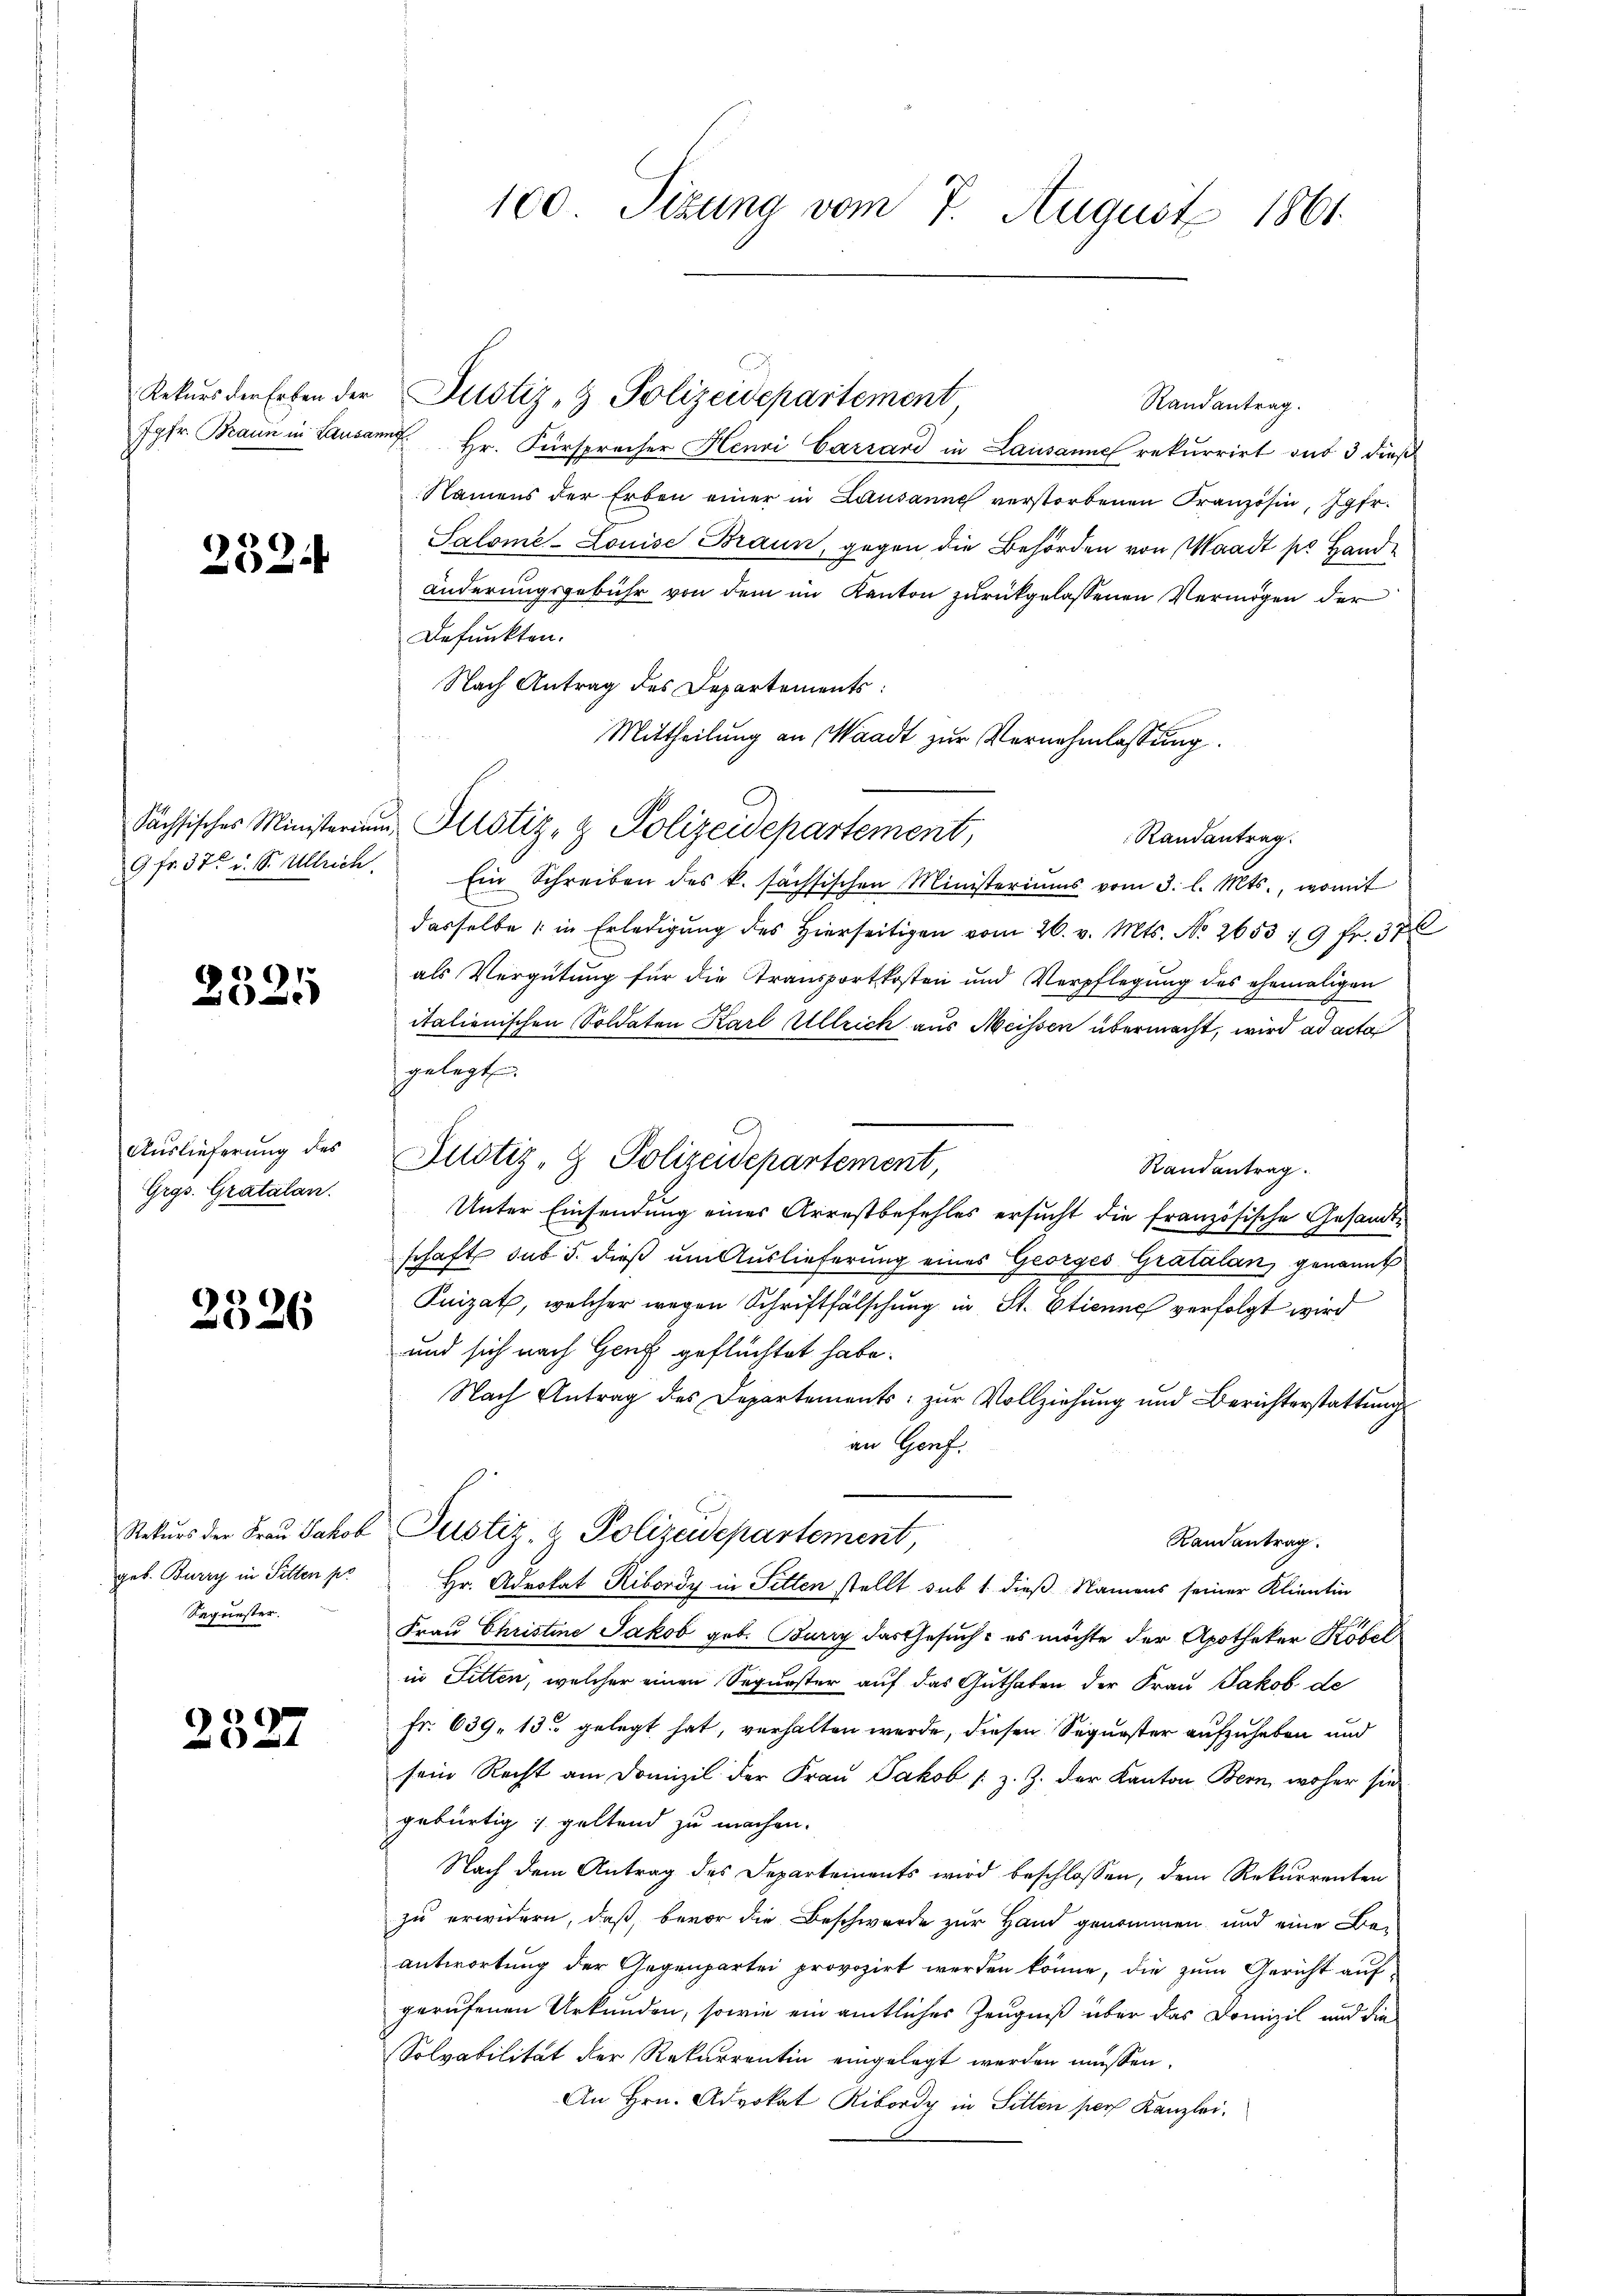
2524

)
e

Auslieferung des
Grgs. Gratalan.

60
2

Rekurs der Frau Jakob
geb. Burry in Sitten pr
Sequester.

2527

100 Sizung vom 7. August 1861

Rekŭrs der Erben der Justiz- & Polizeidepartement
Randantrag.
Jgfr. Braun in Lausann Hr. Fürsprecher Henri Carrard in Lausanne rekurrirt aus 3 dieß
Namens der Erben einer in Lausanne verstorbenen Französin, Jgfr.
Salomi-Louise Braun, gegen die Behörden von Waadt so Handänderungsgebühr von dem im Kanton zurückgelassenen Vermögen der
Befunkten.
Nach Antrag des Departements:
Mittheilung an Waadt zur Vernehmlassung.
Randantrag.
9 fr. 37. i. S. Ullrich. Ein Schreiben des k. sächsischen Ministeriums vom 3. l. Mts., womit
dasselbe in Erledigung des hierseitigen vom 26. v. Mts. No. 2653 19 fr. 37
als Vergütung für die Transportkosten und Verpflegung des ehemaligen
italienischen Soldaten Karl Ullrich aus Meissen übermacht, wird ad acta
gelegt
Justiz- & Polizeidepartement,
Randantrag.
Unter Einsendung eines Arrestbefehles ersucht die französische Gesandtschaft sub 5. dieß um Auslieferung eines Georges Gratulan genannt
Puizat, welcher wegen Schriftfälschung in St. Etienne verfolgt wird
und sich nach Genf geflüchtet habe.
Nach Antrag des Departements zur Vollziehung und Berichterstattung
an Genf.
Justiz- & Polizeidepartement,
Randantrag.
Hr. Advokat Ribordy in Sitten stellt sub 1. dieß Namens seiner Klientin
Frau Christine Jakob geb. Burry das Gesuch: es möchte der Apotheker Köbel
in Sitten, welcher einen Sequester auf das Guthaben der Frau Jakob de
Fr. 639. 13 gelegt hat, verhalten werde, diesen Segurster aufzuheben und
sein Recht am Domizil der Frau Jakob /: z. Z. der Kanton Bern, woher sie
gebürtig; geltend zu machen.
Nach dem Antrag des Departements wird beschlossen, dem Rekurrenten
zu erwidern, daß, bevor die Beschwerde zur Hand genommen und eine Beantwortung der Gegenpartei provozirt werden könne, die zum Gericht aufgerufenen Urkunden, sowie ein amtliches Zeugniß über das Domizil und die
Solvabilität der Rekurrentin eingelegt werden müssen.
An Hrn. Advokat Ribordy in Sitten pers Kanzlei.

Sächsisches Ministerium Pustiz- & Polizeidepartement,